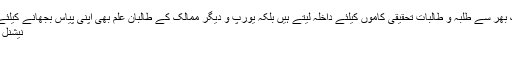
اس ادارے میں نہ صرف ملک بھر سے طلبہ و طالبات تحقیقی کاموں کیلئے داخلہ لیتے ہیں بلکہ یورپ و دیگر ممالک کے طالبان علم بھی اپنی پیاس بجھانے کیلئے اس ادارے کا رخ کرتے ہیں
نیشنل کمیشن فورانڈی جینس میڈیسن
۔